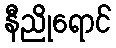
နီညိုရောင်